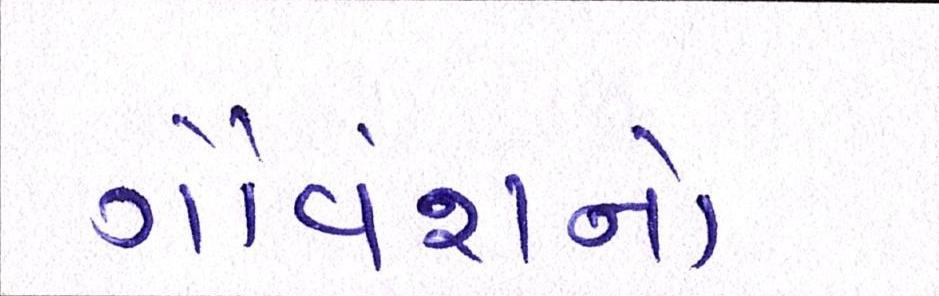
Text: ગૌવંશનો